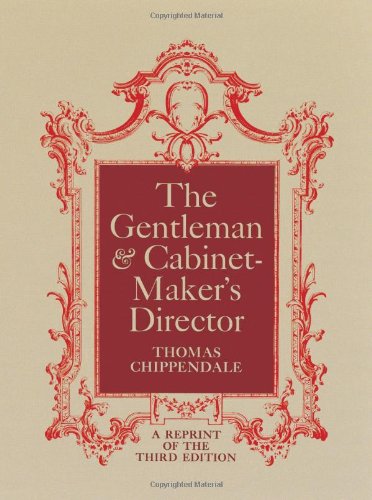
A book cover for The Gentleman & Cabinet-Maker's Director; Thomas Chippendale; Crafts, Hobbies & Home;